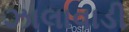
ઝાલાવાડી